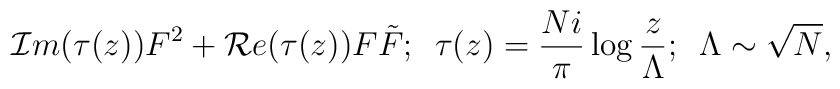
{\cal I}m(\tau(z))F^2+{\cal R}e(\tau(z))F\tilde{F};\,\,\, \tau(z)={Ni\over \pi}\log {z\over\Lambda};\,\,\, \Lambda\sim{\sqrt N},